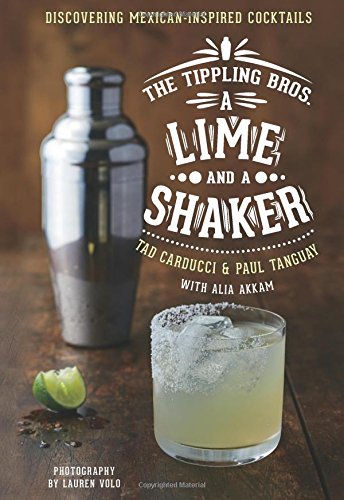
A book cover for The Tippling Bros. A Lime and a Shaker: Discovering Mexican-Inspired Cocktails; Tad Carducci; Cookbooks, Food & Wine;